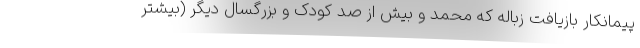
پیمانکار بازیافت زباله که محمد و بیش از صد کودک و بزرگسال دیگر (بیشتر